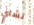
تشاي